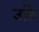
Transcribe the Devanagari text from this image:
उर्फ़े